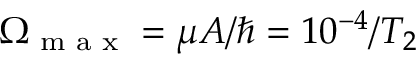
\Omega _ { \textrm { m a x } } = \mu A / \hbar = 1 0 ^ { - 4 } / T _ { 2 }